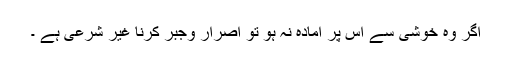
اگر وہ خوشی سے اس پر آمادہ نہ ہو تو اصرار وجبر کرنا غیر شرعی ہے ۔